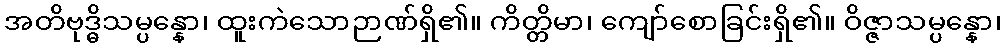
အတိဗုဒ္ဓိသမ္ပန္နော၊ ထူးကဲသောဉာဏ်ရှိ၏။ ကိတ္တိမာ၊ ကျော်စောခြင်းရှိ၏။ ဝိဇ္ဇာသမ္ပန္နော၊